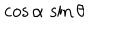
LaTeX: \cos \alpha \, \sin \theta